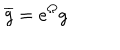
\overline { { { g } } } = e ^ { \Omega } g